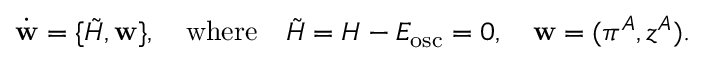
\dot { \bf w } = \{ { \tilde { H } } , { \bf w } \} , \quad \mathrm { w h e r e } \quad { \tilde { H } } = H - E _ { \mathrm { o s c } } = 0 , \quad { \bf w } = ( \pi ^ { A } , z ^ { A } ) .